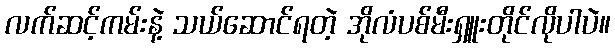
လက်ဆင့်ကမ်းနဲ့ သယ်ဆောင်ရတဲ့ အိုလံပစ်မီးရှူးတိုင်လိုပါပဲ။